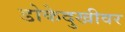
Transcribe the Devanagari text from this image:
डोकेदुखीवर